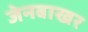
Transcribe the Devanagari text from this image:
जेनबाखर